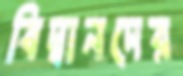
বিদ্বানদের